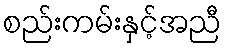
စည်းကမ်းနှင့်အညီ